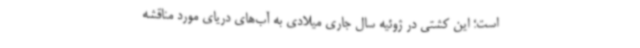
است؛ این کشتی در ژوئیه سال جاری میلادی به‌ آب‌های دریای مورد مناقشه